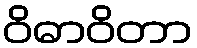
ဝိဓာဝိတာ